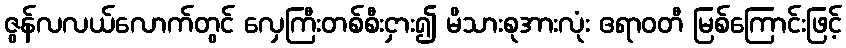
ဇွန်လလယ်လောက်တွင် လှေကြီးတစ်စီးငှား၍ မိသားစုအားလုံး ဧရာဝတီ မြစ်ကြောင်းဖြင့်